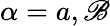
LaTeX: \alpha=a,\mathscr{B}